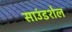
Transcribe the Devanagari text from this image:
साउंडशेल